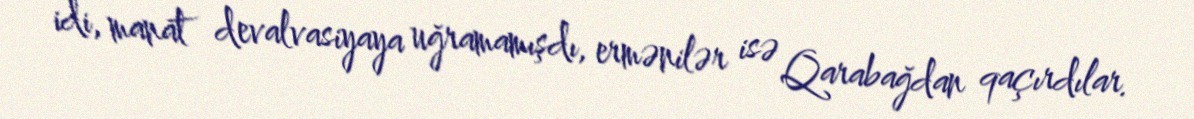
idi, manat devalvasiyaya uğramamışdı, ermənilər isə Qarabağdan qaçırdılar.